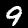
Digit: 9